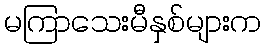
မကြာသေးမီနှစ်များက